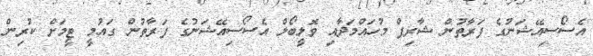
އެސޯސިއޭޝަނުގެ ފަރާތުން ޝާރިފް މުހައްމަދާއި ވޮލީބޯލް އެސޯސިއޭޝަނުގެ ފަރާތުން ގައުމީ ޓީމަށް ކުރިން